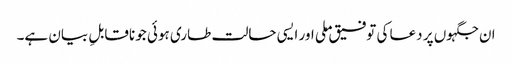
ان جگہوں پر دعا کی توفیق ملی اور ایسی حالت طاری ہوئی جو ناقابلِ بیان ہے۔